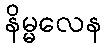
နိမ္မလေန